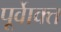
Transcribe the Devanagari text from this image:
पूर्वाेक्त